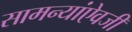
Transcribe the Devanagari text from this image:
सामन्यांऐवजी